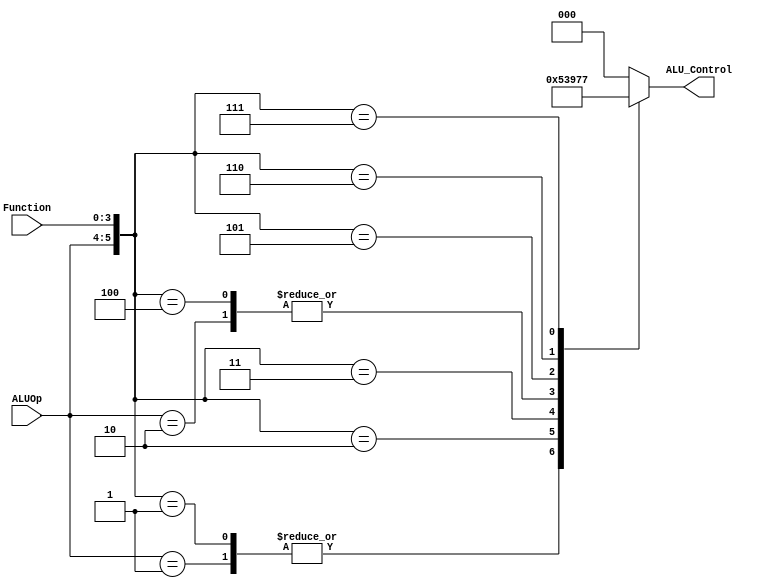
//fpga4student.com: FPGA projects, Verilog projects, VHDL projects
// Verilog project: Verilog code for 16-bit MIPS Processor
// Submodule: ALU Control Unit in Verilog 
 module ALUControl( ALU_Control, ALUOp, Function);  
 output reg[2:0] ALU_Control;  
 input [1:0] ALUOp;  
 input [3:0] Function;  
 wire [5:0] ALUControlIn;  
 assign ALUControlIn = {ALUOp,Function};  
 always @(ALUControlIn)  
 casex (ALUControlIn)  
  6'b11xxxx: ALU_Control=3'b000;  
  6'b10xxxx: ALU_Control=3'b100;  
  6'b01xxxx: ALU_Control=3'b001;  
  6'b000000: ALU_Control=3'b000;  
  6'b000001: ALU_Control=3'b001;  
  6'b000010: ALU_Control=3'b010;  
  6'b000011: ALU_Control=3'b011;  
  6'b000100: ALU_Control=3'b100;
  6'b000101: ALU_Control=3'b101;
  6'b000110: ALU_Control=3'b110;
  6'b000111: ALU_Control=3'b111;
  default: ALU_Control=3'b000;  
  endcase  
 endmodule  
// Verilog code for JR control unit
module JR_Control( input[1:0] alu_op, 
       input [3:0] funct,
       output JRControl
    );
assign JRControl = ({alu_op,funct}==6'b001000) ? 1'b1 : 1'b0;
endmodule